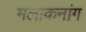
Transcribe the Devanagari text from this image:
मलाकनांग